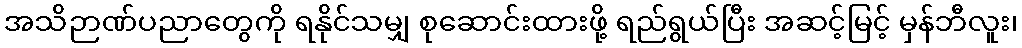
အသိဉာဏ်ပညာတွေကို ရနိုင်သမျှ စုဆောင်းထားဖို့ ရည်ရွယ်ပြီး အဆင့်မြင့် မှန်ဘီလူး၊